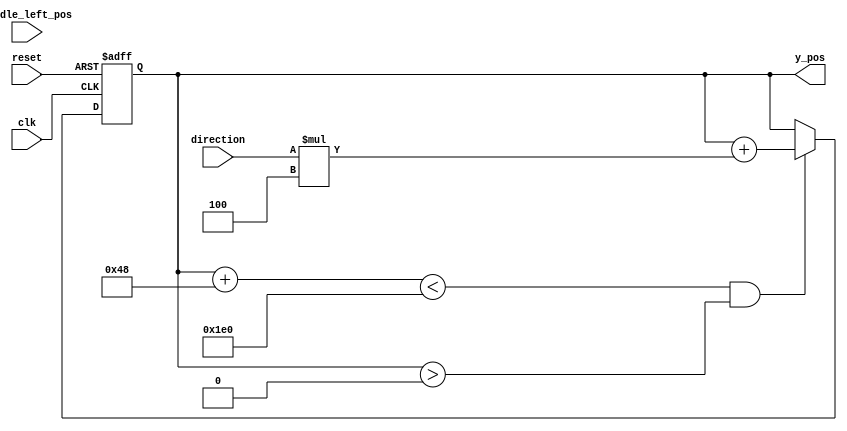
module Paddle(
    input wire clk,
    input wire reset,
    input paddle_left_pos,
    input wire direction,
    output reg y_pos
    );
    localparam PADDLE_WIDTH = 3;
    localparam PADDLE_HEIGHT = 72;
    localparam PADDLE_VEL = 4;
    
    always @(posedge clk or posedge reset)
    begin
        if (reset)
            begin
                y_pos = (480/2) - 36;
            end
        else
            begin
                if (y_pos + PADDLE_HEIGHT < 480 && y_pos > 0)
                    begin
                        y_pos = y_pos + (direction * PADDLE_VEL);
                    end
            end
    end
endmodule